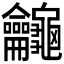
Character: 𪛕